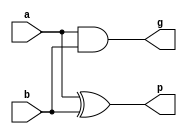
//Generates carry propogate and carry generate given two input nos. refer CLA theory.
module carry_prop_gen(p,g,a,b);
	output [3:0] p,g;
	input [3:0] a,b;
	assign p = a^b;
	assign g = a&b;
endmodule